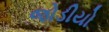
જોડીયો